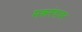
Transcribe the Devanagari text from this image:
मकरंदावर